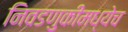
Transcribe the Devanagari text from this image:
निवडणुकीमध्येच